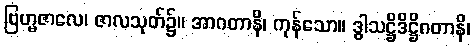
ဗြဟ္မဇာလေ၊ ဇာလသုတ်၌။ အာဂတာနိ၊ ကုန်သော။ ဒွါသဋ္ဌိဒိဋ္ဌိဂတာနိ၊